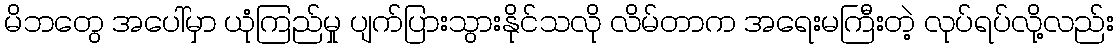
မိဘတွေ အပေါ်မှာ ယုံကြည်မှု ပျက်ပြားသွားနိုင်သလို လိမ်တာက အရေးမကြီးတဲ့ လုပ်ရပ်လို့လည်း